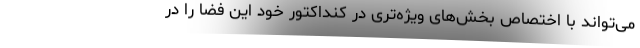
می‌تواند با اختصاص بخش‌های ویژه‌تری در کنداکتور خود این فضا را در